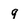
Character: q